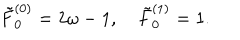
LaTeX: \tilde { F } _ { 0 } ^ { ( 0 ) } = 2 \omega - 1 , \quad \tilde { F } _ { 0 } ^ { ( 1 ) } = 1 .